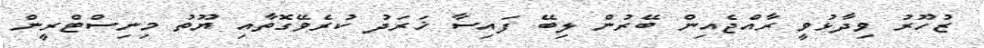
ޒުހޫރު ވިދާޅުވީ ރާއްޖެއިން ބޭރުން ލިބޭ ފައިސާ ޚަރަދު ކުރެވޭގޮތާއި ޔޫތު މިނިސްޓްރީން